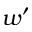
w ^ { \prime }